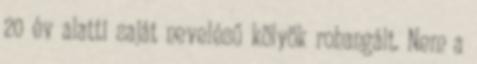
20 év alatti saját nevelésű kölyök rohangált. Nem a